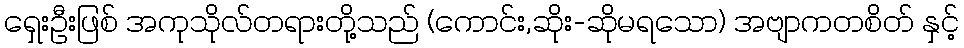
ရှေးဦးဖြစ် အကုသိုလ်တရားတို့သည် (ကောင်း,ဆိုး-ဆိုမရသော) အဗျာကတစိတ် နှင့်